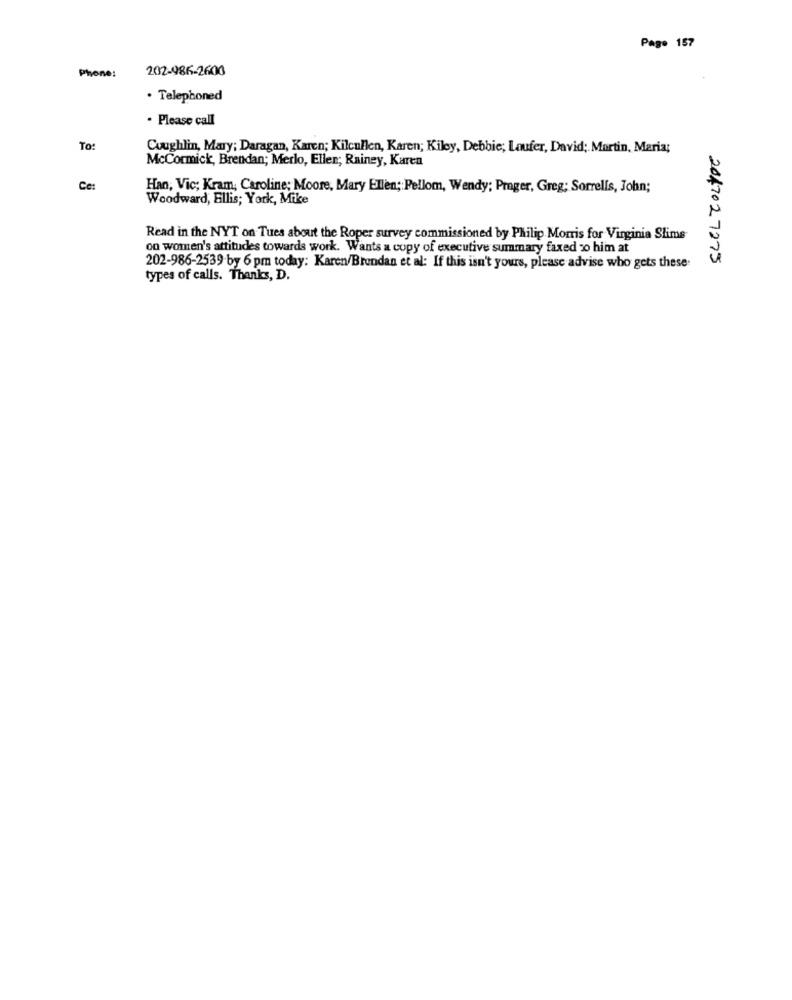
Page 157
202-986-2600
Phone:
· Telephoned
. Please call
To:
Coughlin, Mary; Daragan, Karen; Kilcullen, Karen; Kiley, Debbie; Laufer, David; Martin, Maria;
McCormick, Brendan; Merlo, Ellen; Rainey, Karen
Ce:
Han, Vic; Kram, Caroline; Moore, Mary Ellen ;: Pellom, Wendy; Prager, Greg; Sorrells, John;
Woodward, Ellis; York, Mike
Read in the NYT on Tues about the Roper survey commissioned by Philip Morris for Virginia Slims
on women's attitudes towards work. Wants a copy of executive summary faxed 2% him at
204702 7275
202-986-2539 by 6 pm today: Karen/Brendan et al: If this isn't yours, please advise who gets these-
types of calls. Thanks, D.